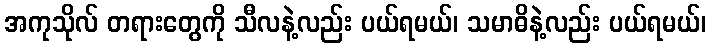
အကုသိုလ် တရားတွေကို သီလနဲ့လည်း ပယ်ရမယ်၊ သမာဓိနဲ့လည်း ပယ်ရမယ်၊